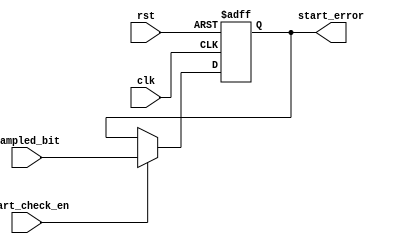
module start_check (clk, rst, sampled_bit, start_check_en, start_error);
    input clk, rst, sampled_bit;
    input start_check_en;

    output reg start_error;

    always @(posedge clk, negedge rst) begin
        if(!rst)
            start_error <= 1'b0;

        else if (start_check_en)
            start_error <= sampled_bit; // if sampled bit is 1 so there is an error
    end
endmodule